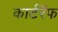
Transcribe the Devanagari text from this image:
कार्टरॅफ